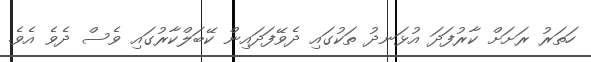
ހަތަރު ރަށަށް ކާރުފަދަ އުޅަނދު ތަކުގައި ދެވޭފަދައިން ކޭބަލްކާރުގައި ވެސް ދެވެ އެވެ.